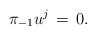
\begin{align*}\pi_{-1}u^j \,=\, 0. \end{align*}